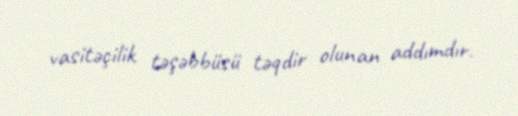
vasitəçilik təşəbbüsü təqdir olunan addımdır.